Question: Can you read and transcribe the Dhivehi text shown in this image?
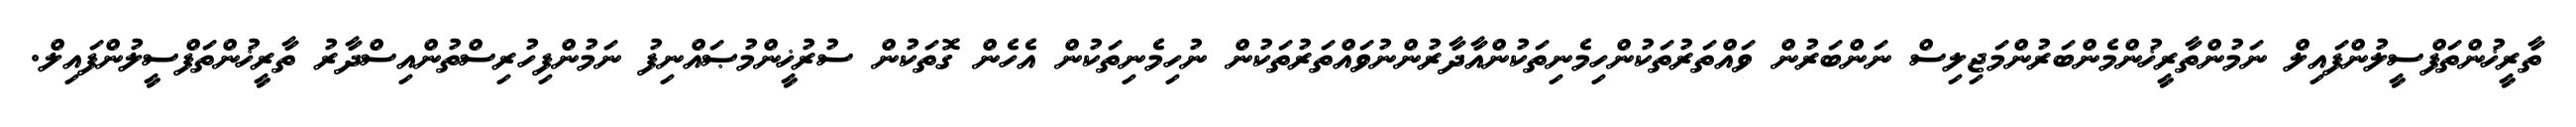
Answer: ތާރީޚުންތަފްސީލުންފައިލް ނަމުންތާރީޚުންމެންބަރުންމަޖިލިސް ނަންބަރުން ވައްތަރުތަކުންހިމެނިތަކުންއާދާރުންނުވައްތަރުތަކުން ނުހިމެނިތަކުން އެހެން ގޮތަކުން ސުރުޚީންމުޞައްނިފު ނަމުންފިހުރިސްތުންއިސްދާރު ތާރީޚުންތަފްސީލުންފައިލް.